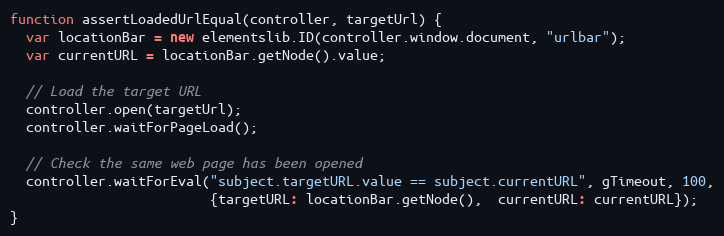
Language: JavaScript
function assertLoadedUrlEqual(controller, targetUrl) {
  var locationBar = new elementslib.ID(controller.window.document, "urlbar");
  var currentURL = locationBar.getNode().value;

  // Load the target URL
  controller.open(targetUrl);
  controller.waitForPageLoad();

  // Check the same web page has been opened
  controller.waitForEval("subject.targetURL.value == subject.currentURL", gTimeout, 100,
                         {targetURL: locationBar.getNode(),  currentURL: currentURL});
}